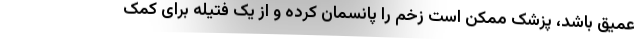
عمیق باشد، پزشک ممکن است زخم را پانسمان کرده و از یک فتیله برای کمک